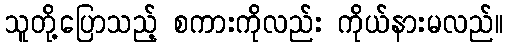
သူတို့ပြောသည့် စကားကိုလည်း ကိုယ်နားမလည်။